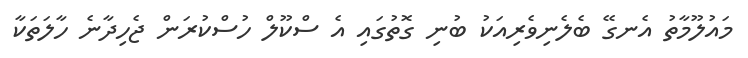
މައުލޫމާތު އެނގޭ ބެލެނިވެރިއަކު ބުނި ގޮތުގައި އެ ސްކޫލް ހުސްކުރަން ޖެހިދާނެ ހާލަތަކާ